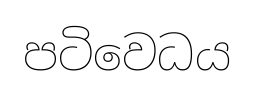
පටිවෙධය